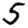
Digit: 5